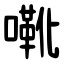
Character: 㗾